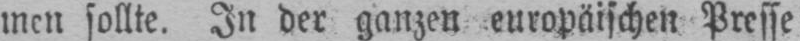
men sollte. In der ganzen europäischen Presse